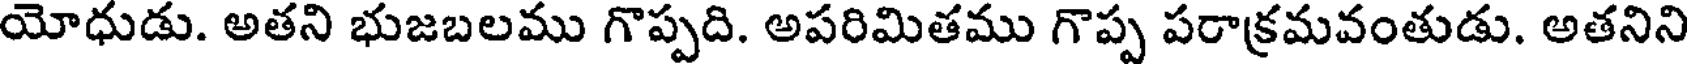
యోధుడు. అతని భుజబలము గొప్పది. అపరిమితము గొప్ప పరాక్రమవంతుడు. అతనిని